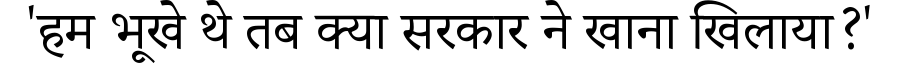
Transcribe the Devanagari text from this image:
'हम भूखे थे तब क्या सरकार ने खाना खिलाया?'